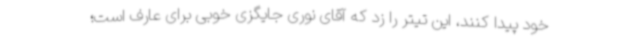
خود پیدا کنند، این تیتر را زد که آقای نوری جایگزی خوبی برای عارف است؛